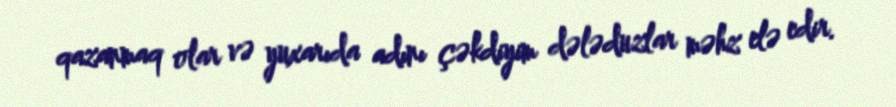
qazanmaq olar və yuxarıda adını çəkdiyim dələduzlar məhz elə edir.